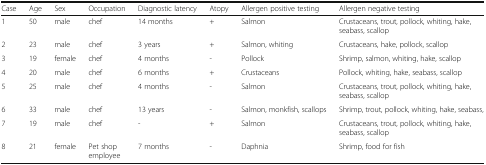
<table><thead><tr><td><b>Case</b></td><td><b>Age</b></td><td><b>Sex</b></td><td><b>Occupation</b></td><td><b>Diagnostic latency</b></td><td><b>Atopy</b></td><td><b>Allergen positive testing</b></td><td><b>Allergen negative testing</b></td></tr></thead><tbody><tr><td>1</td><td>50</td><td>male</td><td>chef</td><td>14 months</td><td>+</td><td>Salmon</td><td>Crustaceans, trout, pollock, whiting, hake, seabass, scallop</td></tr><tr><td>2</td><td>23</td><td>male</td><td>chef</td><td>3 years</td><td>+</td><td>Salmon, whiting</td><td>Crustaceans, hake, pollock, scallop</td></tr><tr><td>3</td><td>19</td><td>female</td><td>chef</td><td>4 months</td><td>-</td><td>Pollock</td><td>Shrimp, salmon, whiting, hake, scallop</td></tr><tr><td>4</td><td>20</td><td>male</td><td>chef</td><td>6 months</td><td>+</td><td>Crustaceans</td><td>Pollock, whiting, hake, seabass, scallop</td></tr><tr><td>5</td><td>25</td><td>male</td><td>chef</td><td>4 months</td><td>-</td><td>Salmon</td><td>Crustaceans, trout, pollock, whiting, hake, seabass, scallop</td></tr><tr><td>6</td><td>33</td><td>male</td><td>chef</td><td>13 years</td><td>-</td><td>Salmon, monkfish, scallops</td><td>Shrimp, trout, pollock, whiting, hake, seabass,</td></tr><tr><td>7</td><td>19</td><td>male</td><td>chef</td><td>-</td><td>+</td><td>Salmon</td><td>Crustaceans, trout, pollock, whiting, hake, seabass, scallop</td></tr><tr><td>8</td><td>21</td><td>female</td><td>Pet shop employee</td><td>7 months</td><td>-</td><td>Daphnia</td><td>Shrimp, food for fish</td></tr></tbody></table>